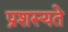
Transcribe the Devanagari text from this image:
प्रशस्यते